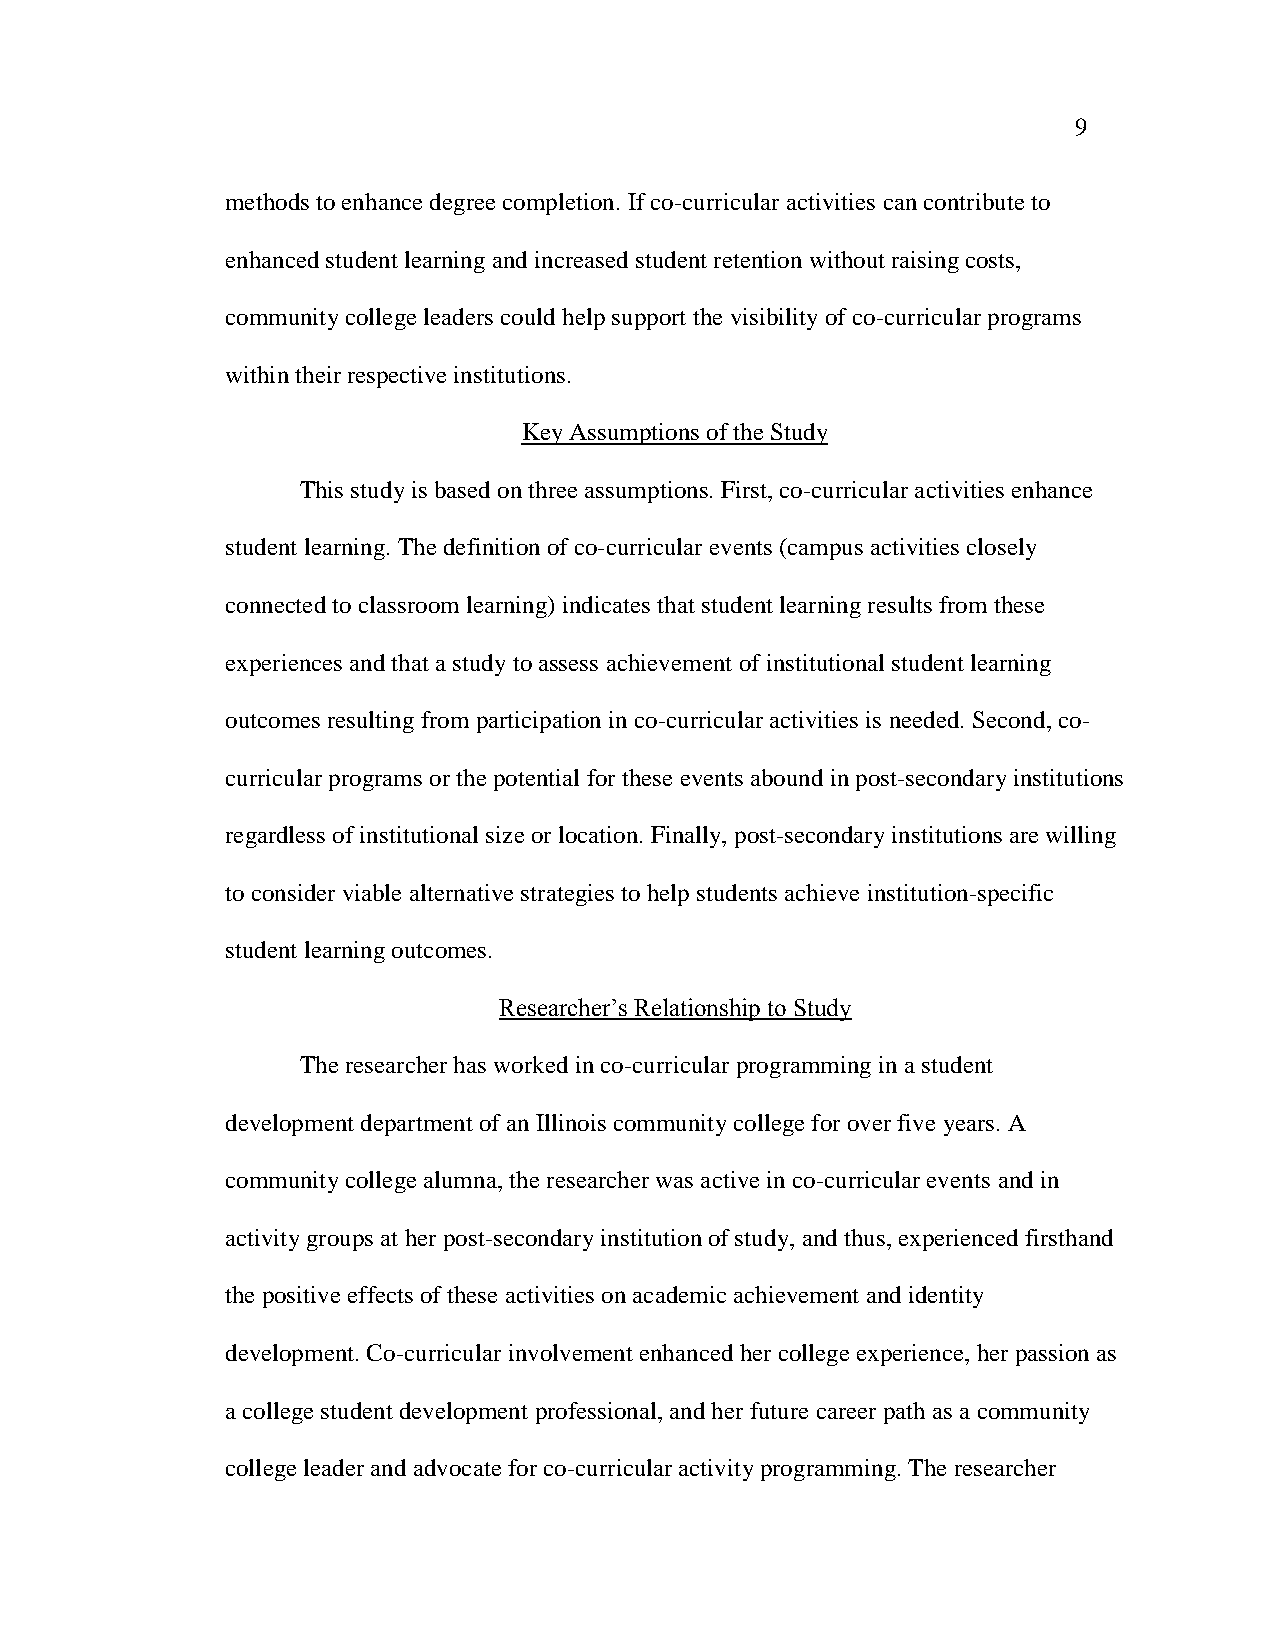
9
 methods to enhance degree completion. If co-curricular activities can contribute to
 enhanced student learning and increased student retention without raising costs,
 community college leaders could help support the visibility of co-curricular programs
 within their respective institutions.
 Key Assumptions of the Study
 This study is based on three assumptions. First, co-curricular activities enhance
 student learning. The definition of co-curricular events (campus activities closely
 connected to classroom learning) indicates that student learning results from these
 experiences and that a study to assess achievement of institutional student learning
 outcomes resulting from participation in co-curricular activities is needed. Second, co-
 curricular programs or the potential for these events abound in post-secondary institutions
 regardless of institutional size or location. Finally, post-secondary institutions are willing
 to consider viable alternative strategies to help students achieve institution-specific
 student learning outcomes.
 Researcher‘s Relationship to Study
 The researcher has worked in co-curricular programming in a student
 development department of an Illinois community college for over five years. A
 community college alumna, the researcher was active in co-curricular events and in
 activity groups at her post-secondary institution of study, and thus, experienced firsthand
 the positive effects of these activities on academic achievement and identity
 development. Co-curricular involvement enhanced her college experience, her passion as
 a college student development professional, and her future career path as a community
 college leader and advocate for co-curricular activity programming. The researcher